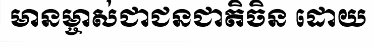
មានម្ចាស់ជាជនជាតិចិន ដោយ